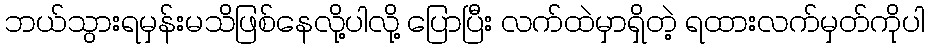
ဘယ်သွားရမှန်းမသိဖြစ်နေလို့ပါလို့ ပြောပြီး လက်ထဲမှာရှိတဲ့ ရထားလက်မှတ်ကိုပါ